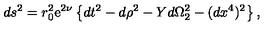
d s ^ { 2 } = r _ { 0 } ^ { 2 } \mathrm { e } ^ { 2 \nu } \left\{ d t ^ { 2 } - d \rho ^ { 2 } - Y d \Omega _ { 2 } ^ { 2 } - ( d x ^ { 4 } ) ^ { 2 } \right\} ,